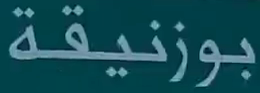
بوزنيقة